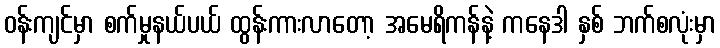
ဝန်းကျင်မှာ စက်မှုနယ်ပယ် ထွန်းကားလာတော့ အမေရိကန်နဲ့ ကနေဒါ နှစ် ဘက်စလုံးမှာ